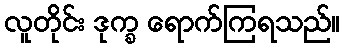
လူတိုင်း ဒုက္ခ ရောက်ကြရသည်။